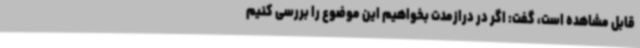
قابل مشاهده است، گفت: اگر در درازمدت بخواهیم این موضوع را بررسی کنیم